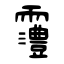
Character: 霻